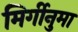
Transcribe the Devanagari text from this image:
मिर्गीनुमा